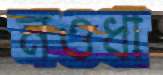
নওধা